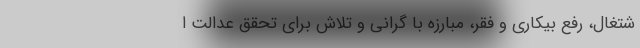
شتغال، رفع بیکاری و فقر، مبارزه با گرانی و تلاش برای تحقق عدالت ا